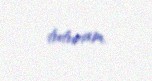
tuturam.